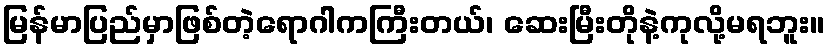
မြန်မာပြည်မှာဖြစ်တဲ့ရောဂါကကြီးတယ်၊ ဆေးမြီးတိုနဲ့ကုလို့မရဘူး။